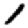
Digit: 1